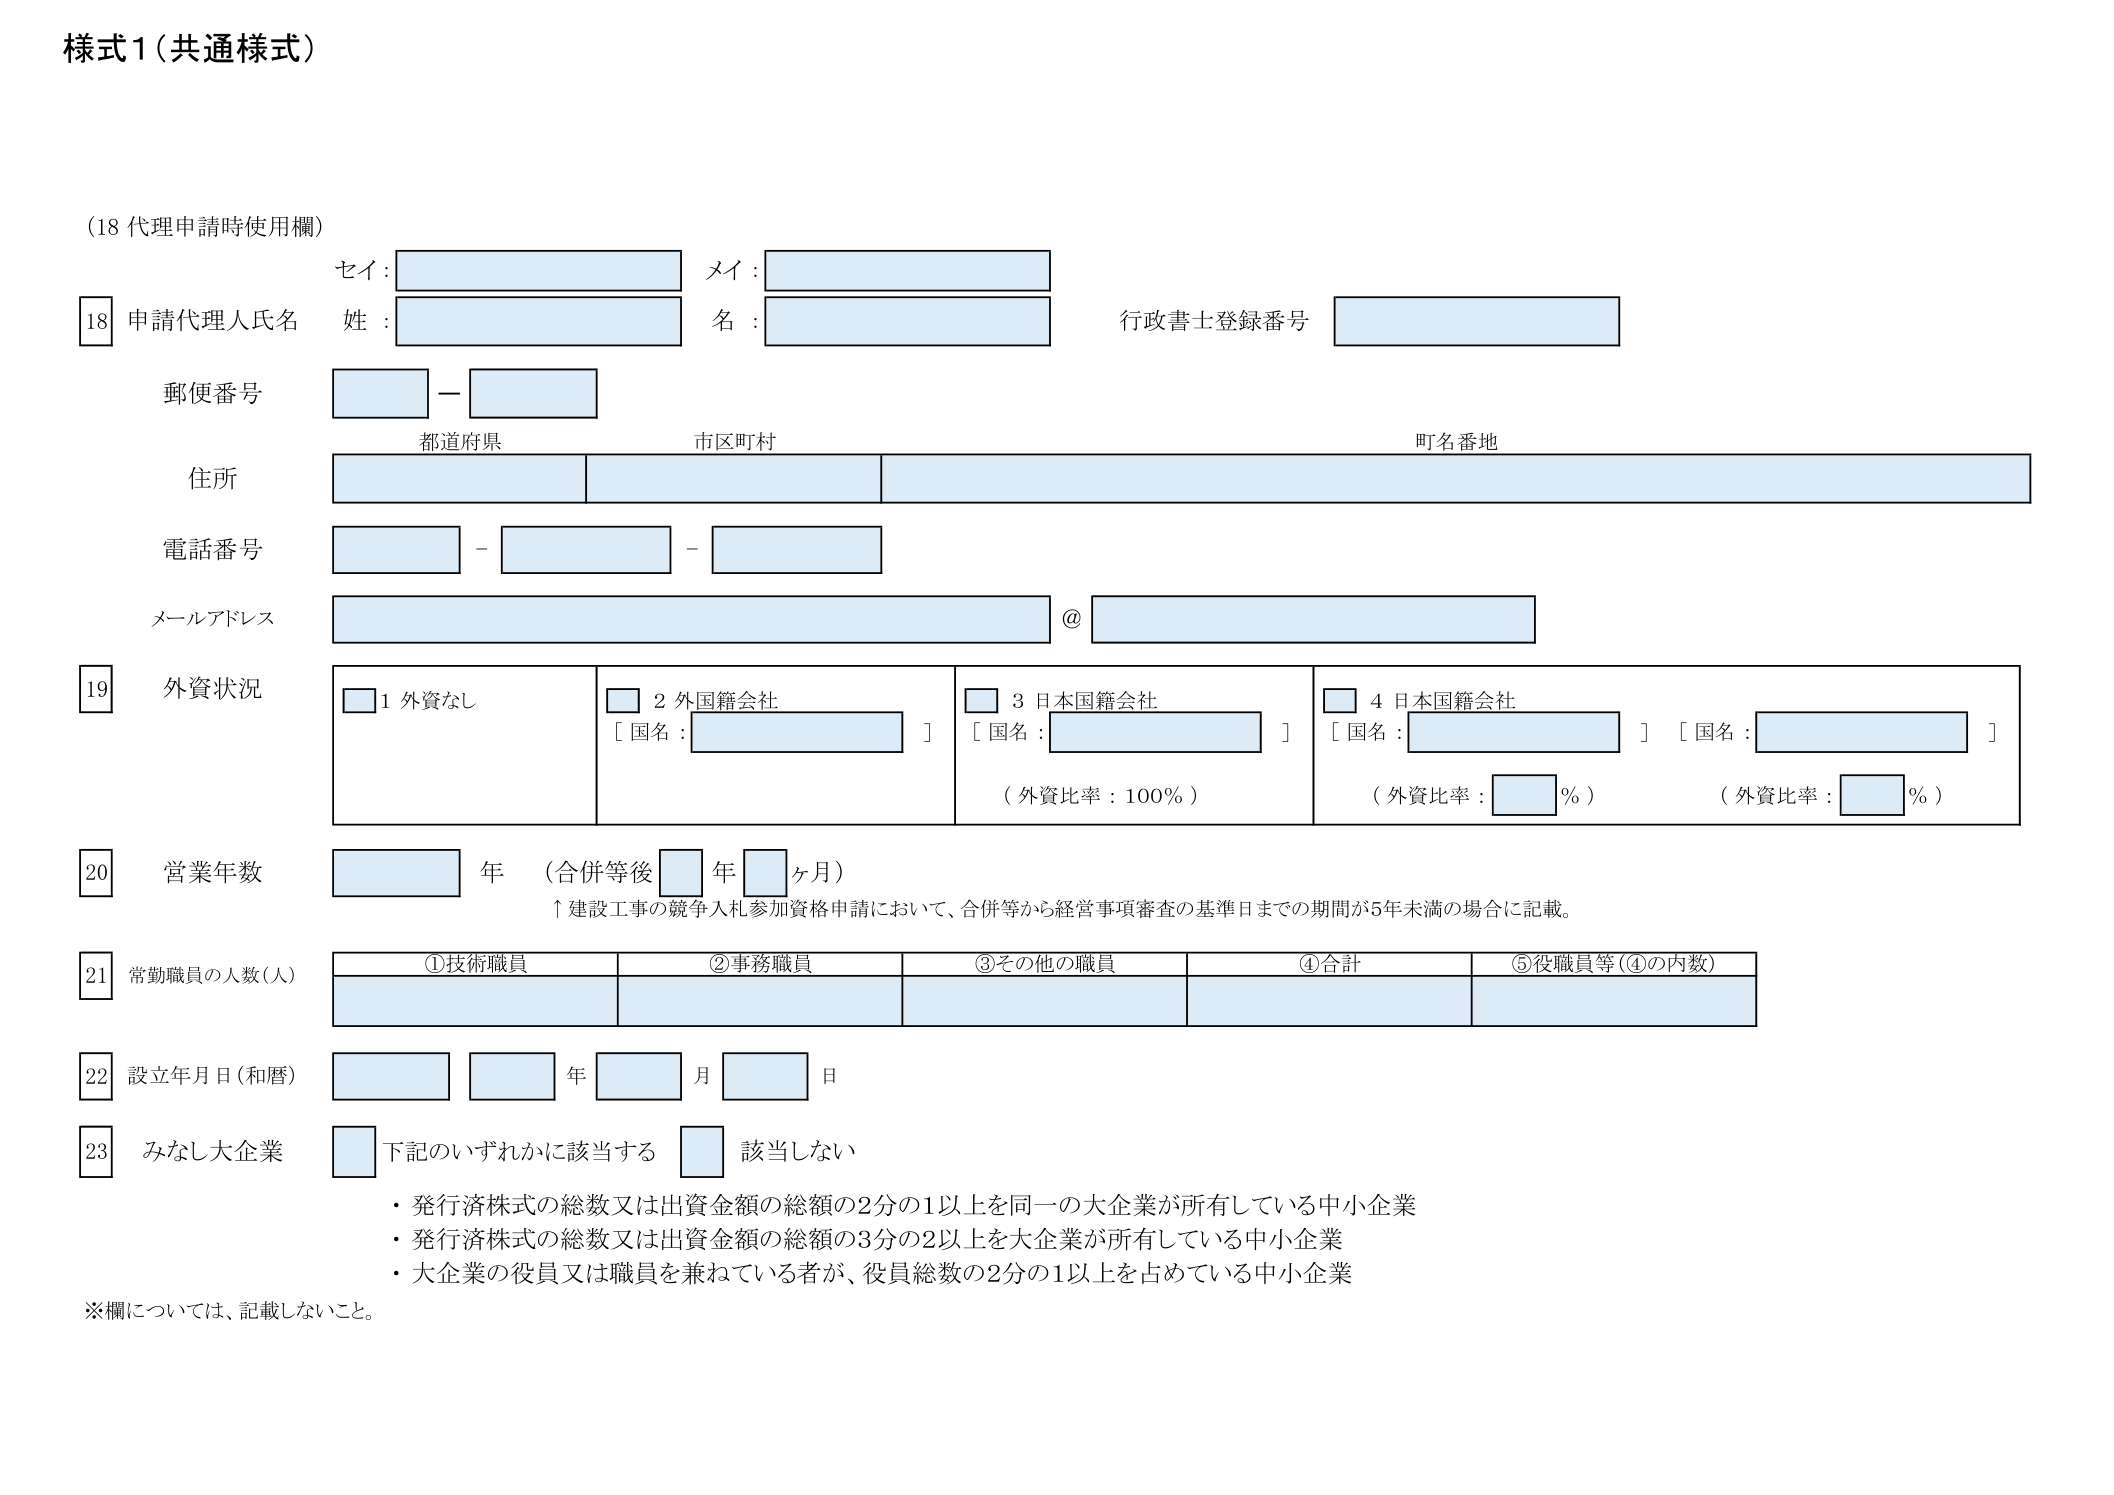
様式1（共通様式）

（18 代理申請時使用欄）

18 申請代理人氏名
セイ：
メイ：
姓：
名：
行政書士登録番号

郵便番号
都道府県
市区町村
町名番地

住所

電話番号

メールアドレス
@

19 外資状況
□ 1 外資なし
□ 2 外国籍会社
［国名：　　　　　　　］
□ 3 日本国籍会社
［国名：　　　　　　　］
（外資比率：100％）
□ 4 日本国籍会社
［国名：　　　　　　　］［国名：　　　　　　　］
（外資比率：　　％）（外資比率：　　％）

20 営業年数
　　　年（合併等後　　年　　ヶ月）
↑建設工事の競争入札参加資格申請において、合併等から経営事項審査の基準日までの期間が5年未満の場合に記載。

21 常勤職員の人数（人）
①技術職員　②事務職員　③その他の職員　④合計　⑤役職員等（④の内数）

22 設立年月日（和暦）
　　　年　　月　　日

23 みなし大企業
□ 下記のいずれかに該当する　□ 該当しない
・発行済株式の総数又は出資金額の総額の2分の1以上を同一の大企業が所有している中小企業
・発行済株式の総数又は出資金額の総額の3分の2以上を大企業が所有している中小企業
・大企業の役員又は職員を兼ねている者が、役員総数の2分の1以上を占めている中小企業

※欄については、記載しないこと。